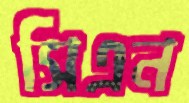
সিএন